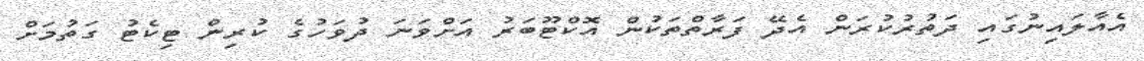
އެއާލައިނުގައި ދަތުރުކުރަން އެދޭ ފަރާތްތަކުން އޮކްޓޫބަރު އަށްވަނަ ދުވަހުގެ ކުރިން ޓިކެޓު ގަތުމަށް